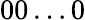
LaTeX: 00\ldots 0